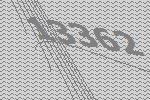
13362